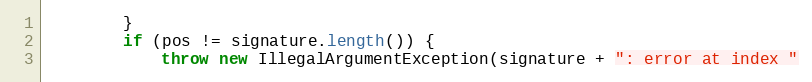
Language: Java
        }
        if (pos != signature.length()) {
            throw new IllegalArgumentException(signature + ": error at index "